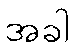
အခါ